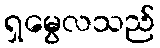
ရှမွေလသည်